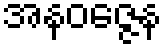
အနဝဇ္ဇေန